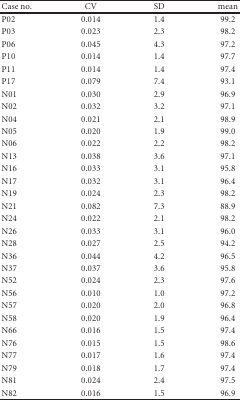
| Case no. | CV | SD | mean |
 | --- | --- | --- | --- |
 | P02 | 0.014 | 1.4 | 99.2 |
 | P03 | 0.023 | 2.3 | 98.2 |
 | P06 | 0.045 | 4.3 | 97.2 |
 | P10 | 0.014 | 1.4 | 97.7 |
 | P11 | 0.014 | 1.4 | 97.4 |
 | P17 | 0.079 | 7.4 | 93.1 |
 | N01 | 0.030 | 2.9 | 96.9 |
 | N02 | 0.032 | 3.2 | 97.1 |
 | N04 | 0.021 | 2.1 | 98.9 |
 | N05 | 0.020 | 1.9 | 99.0 |
 | N06 | 0.022 | 2.2 | 98.2 |
 | N13 | 0.038 | 3.6 | 97.1 |
 | N16 | 0.033 | 3.1 | 95.8 |
 | N17 | 0.032 | 3.1 | 96.4 |
 | N19 | 0.024 | 2.3 | 98.2 |
 | N21 | 0.082 | 7.3 | 88.9 |
 | N24 | 0.022 | 2.1 | 98.2 |
 | N26 | 0.033 | 3.1 | 96.0 |
 | N28 | 0.027 | 2.5 | 94.2 |
 | N36 | 0.044 | 4.2 | 96.5 |
 | N37 | 0.037 | 3.6 | 95.8 |
 | N52 | 0.024 | 2.3 | 97.6 |
 | N56 | 0.010 | 1.0 | 97.2 |
 | N57 | 0.020 | 2.0 | 96.8 |
 | N58 | 0.020 | 1.9 | 96.4 |
 | N66 | 0.016 | 1.5 | 97.4 |
 | N76 | 0.015 | 1.5 | 98.6 |
 | N77 | 0.017 | 1.6 | 97.4 |
 | N79 | 0.018 | 1.7 | 97.4 |
 | N81 | 0.024 | 2.4 | 97.5 |
 | N82 | 0.016 | 1.5 | 96.9 |